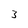
Character: 3